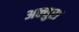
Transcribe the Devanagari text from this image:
अक्युरा